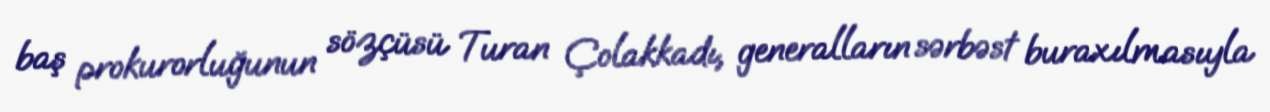
baş prokurorluğunun sözçüsü Turan Çolakkadı, generalların sərbəst buraxılmasıyla